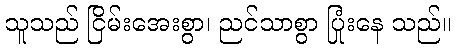
သူသည် ငြိမ်းအေးစွာ၊ ညင်သာစွာ ပြုံးနေ သည်။